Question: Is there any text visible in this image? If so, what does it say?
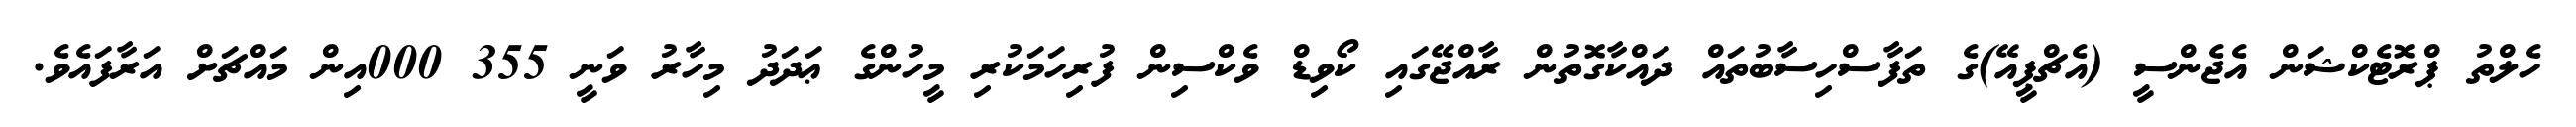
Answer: ހެލްތު ޕްރޮޓެކްޝަން އެޖެންސީ (އެޗްޕީއޭ)ގެ ތަފާސްހިސާބުތައް ދައްކާގޮތުން ރާއްޖޭގައި ކޯވިޑް ވެކްސިން ފުރިހަމަކުރި މީހުންގެ ޢަދަދު މިހާރު ވަނީ 355 000އިން މައްޗަށް އަރާފައެވެ.